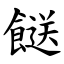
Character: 餸